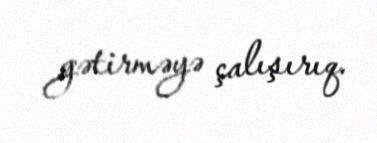
gətirməyə çalışırıq.